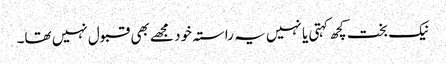
نیک بخت کچھ کہتی یا نہیں یہ راستہ خود مجھے بھی قبول نہیں تھا۔